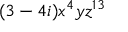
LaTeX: ( 3 - 4 i ) x ^ { 4 } y z ^ { 1 3 }